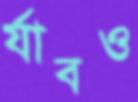
র‍্যাবও